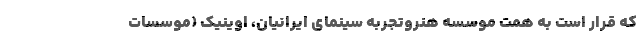
که قرار است به همت موسسه هنروتجربه سینمای ایرانیان، اوینیک (موسسات